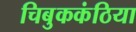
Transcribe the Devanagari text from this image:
चिबुककंठिया